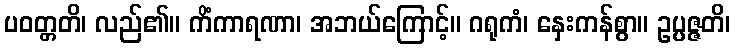
ပဝတ္တတိ၊ လည်၏။ ကိံကာရဏာ၊ အဘယ်ကြောင့်။ ဂရုကံ၊ နှေးကန်စွာ။ ဥပ္ပဇ္ဇတိ၊